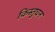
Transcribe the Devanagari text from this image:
किस्तुघन